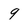
Character: 9